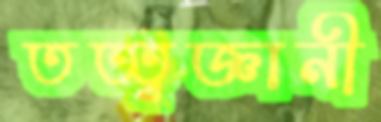
তত্ত্বজ্ঞানী